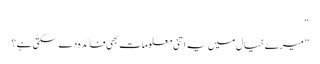
“
” میرے خیال میں یہ اتنی معلومات بھی فائدہ دے سکتی ہے؟